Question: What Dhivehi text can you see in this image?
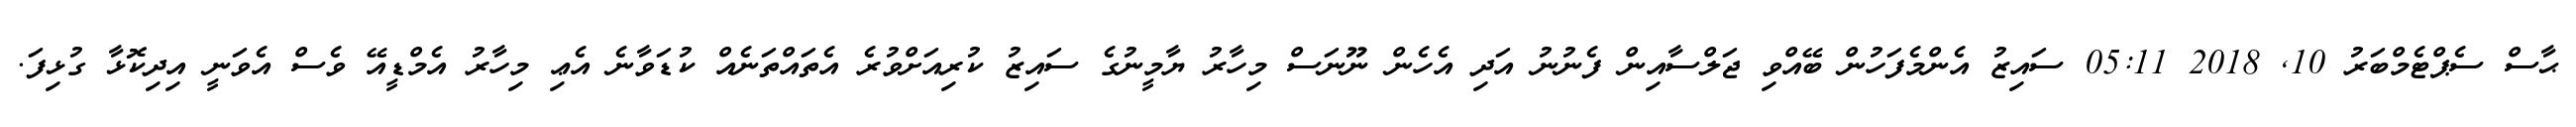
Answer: ޙާސް ސެޕްޓެމްބަރު 10, 2018 05:11 ސައިޒު އެންމެފަހުން ބޭއްވި ޖަލްސާއިން ފެނުނު އަދި އެހެން ނޫނަސް މިހާރު ޔާމީނުގެ ސައިޒު ކުރިއަށްވުރެ އެތައްތަނެއް ކުޑަވާނެ އެޢި މިހާރު އެމްޑީއޭ ވެސް އެވަނީ އިދިކޮޅާ ގުޅިފަ.